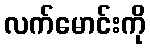
လက်မောင်းကို